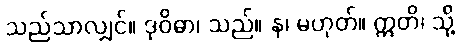
သည်သာလျှင်။ ဒုဝိဓာ၊ သည်။ န၊ မဟုတ်။ ဣတိ၊ သို့